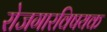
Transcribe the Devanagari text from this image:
रोजगारविषयक